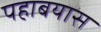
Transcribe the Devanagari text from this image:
पहाबयास